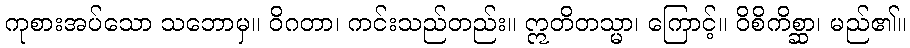
ကုစားအပ်သော သဘောမှ။ ဝိဂတာ၊ ကင်းသည်တည်း။ ဣတိတသ္မာ၊ ကြောင့်။ ဝိစိကိစ္ဆာ၊ မည်၏။